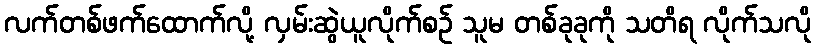
လက်တစ်ဖက်ထောက်လို့ လှမ်းဆွဲယူလိုက်စဉ် သူမ တစ်ခုခုကို သတိရ လိုက်သလို